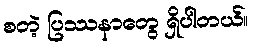
စတဲ့ ပြဿနာတွေ ရှိပါတယ်။